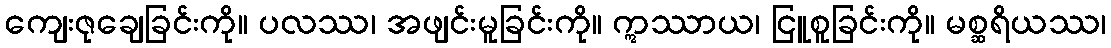
ကျေးဇုချေခြင်းကို။ ပလဿ၊ အဖျင်းမူခြင်းကို။ ဣဿာယ၊ ငြူစူခြင်းကို။ မစ္ဆရိယဿ၊